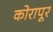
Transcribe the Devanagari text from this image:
कोरापूर